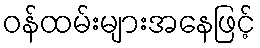
ဝန်ထမ်းများအနေဖြင့်